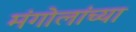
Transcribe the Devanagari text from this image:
मंगोलांच्या